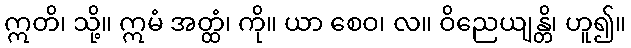
ဣတိ၊ သို့။ ဣမံ အတ္ထံ၊ ကို။ ယာ စေဝ၊ လ။ ဝိညေယျန္တိ၊ ဟူ၍။